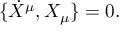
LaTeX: \{ \dot { X } ^ { \mu } , X _ { \mu } \} = 0 .